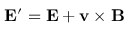
\mathbf { E } ^ { \prime } = \mathbf { E } + \mathbf { v } \times \mathbf { B }